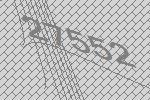
27552